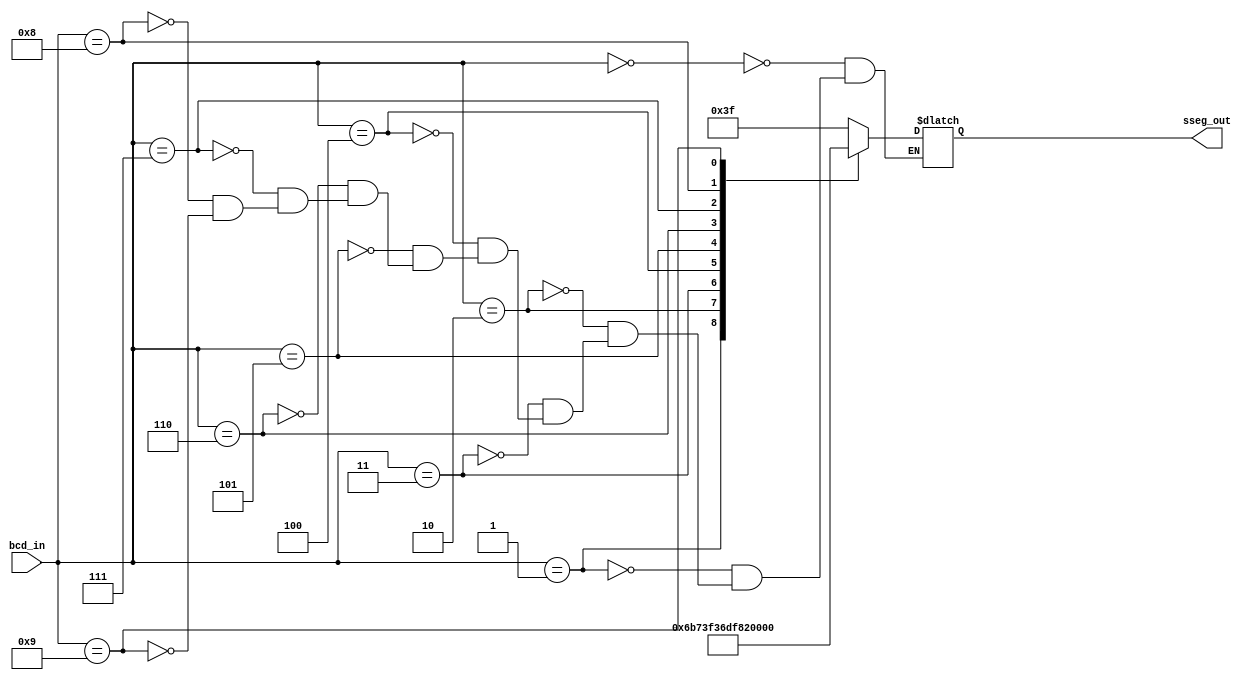
//SevenSegmentEncoder.v 
//
//
//
// by Rahul Marathe
// 29th September 2017
// 
//

 module sseg_encoder                               //Declare a Module for Seven Segment Encoder
#(parameter SEG_POLARITY=1)                        //Default Parameter SEG_POLARITY 
(input [3:0] bcd_in,           
output reg [6:0] sseg_out );                       //Module works on Two bcd digits and a Output Seven Digits corresponding to 9 Outputs
always@(bcd_in)                                    //Check for every change in bcd
begin
	if(SEG_POLARITY)                           //For SEG_POLARITY ==1
	begin
		case(bcd_in)
			0:sseg_out<=7'b0111111;     //SEVEN SEGMENT OUTPUT =0
			1:sseg_out<=7'b0000110;     //SEVEN SEGMENT OUTPUT =1
			2:sseg_out<=7'b1011011;     //SEVEN SEGMENT OUTPUT =2
			3:sseg_out<=7'b1001111;     //SEVEN SEGMENT OUTPUT =3
			4:sseg_out<=7'b1100110;     //SEVEN SEGMENT OUTPUT =4
			5:sseg_out<=7'b1101101;     //SEVEN SEGMENT OUTPUT =5
			6:sseg_out<=7'b1111100;     //SEVEN SEGMENT OUTPUT =6
			7:sseg_out<=7'b0000111;     //SEVEN SEGMENT OUTPUT =7
			8:sseg_out<=7'b1111111;     //SEVEN SEGMENT OUTPUT =8
			9:sseg_out<=7'b1100111;     //SEVEN SEGMENT OUTPUT =9
			default;                    //ILLEGAL OUTPUTS
		endcase
	end
else 
	begin
		case(bcd_in)
			0:sseg_out<=~7'b0111111;	//SEVEN SEGMENT OUTPUT =0
			1:sseg_out<=~7'b0000110; 	//SEVEN SEGMENT OUTPUT =1
			2:sseg_out<=~7'b1011011; 	//SEVEN SEGMENT OUTPUT =2
			3:sseg_out<=~7'b1001111; 	//SEVEN SEGMENT OUTPUT =3
			4:sseg_out<=~7'b1100110; 	//SEVEN SEGMENT OUTPUT =4
			5:sseg_out<=~7'b1101101; 	//SEVEN SEGMENT OUTPUT =5
			6:sseg_out<=~7'b1111100; 	//SEVEN SEGMENT OUTPUT =6	
			7:sseg_out<=~7'b0000111; 	//SEVEN SEGMENT OUTPUT =7
			8:sseg_out<=~7'b1111111; 	//SEVEN SEGMENT OUTPUT =8
			9:sseg_out<=~7'b1100111; 	//SEVEN SEGMENT OUTPUT =9
			default;                        //ILLEGAL OUTPUTS
		endcase
	end
end
endmodule